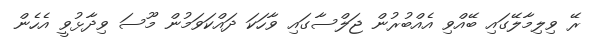
ރޭ ވިލިމާލޭގައި ބޭއްވި އެއްބުރުން ޖަލްސާގައި ވާހަކަ ދައްކަވަމުން މޫސަ ވިދާޅުވީ އެހެން